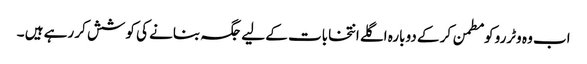
اب وہ وٹررو کو مطمن کر کے دوبارہ اگلے انتخابات کے لیے جگہ بنانے کی کوشش کر رہے ہیں ۔